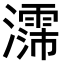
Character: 𪷳